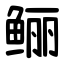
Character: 鲡